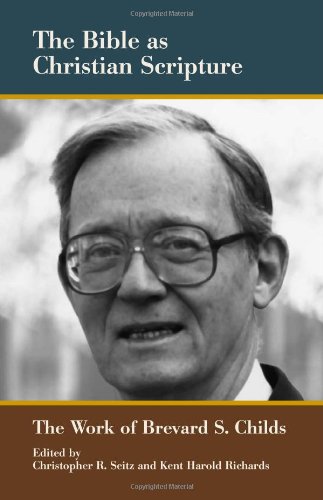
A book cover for The Bible as Christian Scripture: The Work of Brevard S. Childs (Biblical Scholarship in North America); Christopher R. Seitz; Christian Books & Bibles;